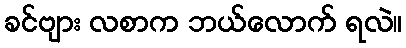
ခင်ဗျား လစာက ဘယ်လောက် ရလဲ။